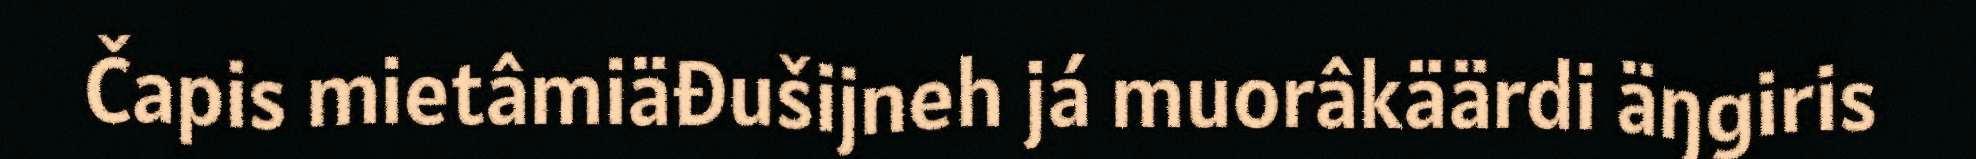
Čapis mietâmiäđušijneh já muorâkäärdi äŋgiris